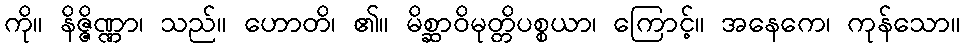
ကို။ နိဇ္ဇိဏ္ဏာ၊ သည်။ ဟောတိ၊ ၏။ မိစ္ဆာဝိမုတ္တိပစ္စယာ၊ ကြောင့်။ အနေကေ၊ ကုန်သော။